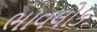
ભાવલોક